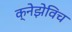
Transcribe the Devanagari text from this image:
क्नेझेविच